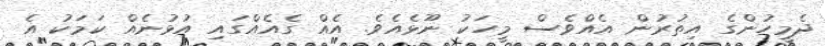
ދެމީހުންގެ އިތުރުން އެއްވެސް މީހަކު ނޫޅެއެވެ. އެއް ގެއެއްގައި އުޅުނެއް ކަމަކު އެ